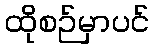
ထိုစဉ်မှာပင်